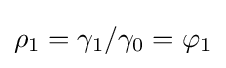
\rho _{1}=\gamma _{1}/\gamma _{0}=\varphi _{1}